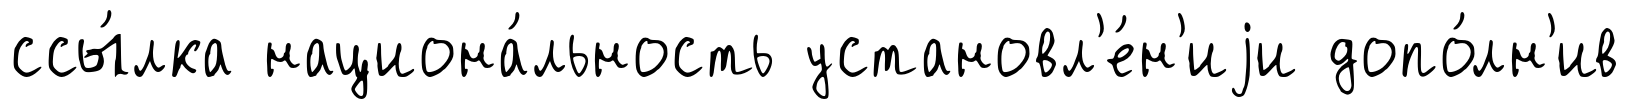
ссы́лка национа́льность установл'е́н'иjи допо́лн'ив